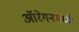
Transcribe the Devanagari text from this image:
ऑरेगनमध्ये